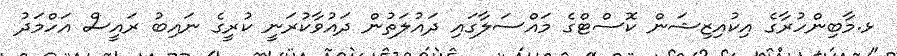
ޅ.މާބިންހުރާގެ އިކުއިޒިޝަން ކޮސްޓްގެ މައްސަލާގައި ދައުލަތުން ދައުވާކުރަނީ ކުރީގެ ނައިބު ރައީސް އަހްމަދު